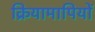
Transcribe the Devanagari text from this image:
क्रियामापियों